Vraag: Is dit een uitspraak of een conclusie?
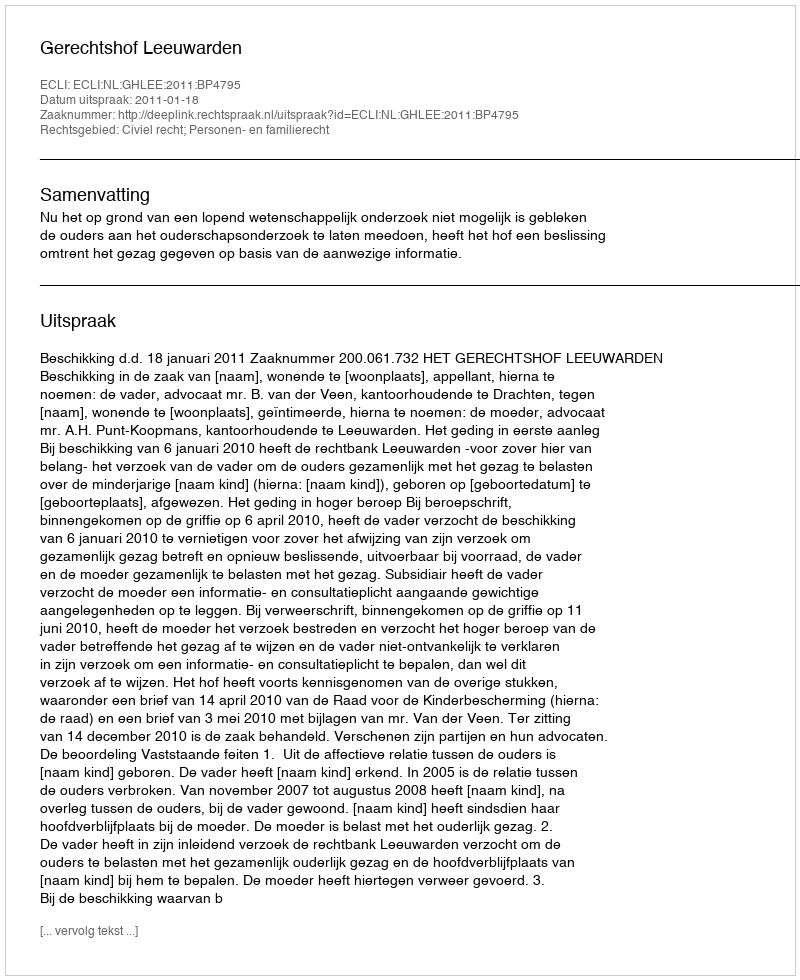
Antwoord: Uitspraak